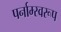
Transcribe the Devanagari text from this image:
पर्नाम्स्वरूप